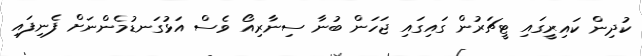
ކުދިން ކައިރީގައި ޓީޗަރުން ގައިގައި ޖަހަން ބުނާ ސިނާރިއޯ ވެސް އަޅުގަނޑުމެންނަށް ފެނިފައި